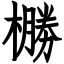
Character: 橳